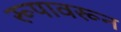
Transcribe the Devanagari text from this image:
रूपावरून